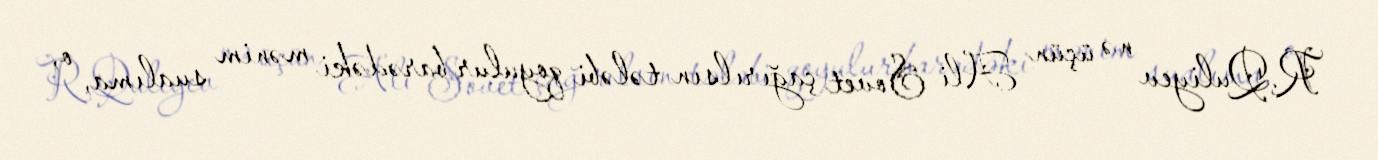
R.Quliyev nə üçün Ali Sovet çağırılsın tələbi qoyulur barədəki mənim sualıma, o,